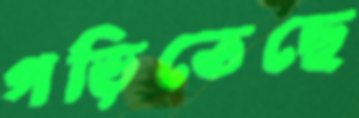
গড়িতেছে